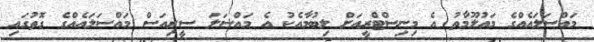
މައްސަލައެއްގެ މައުލޫމާތު އެ މިނިސްޓްރީއަށް ލިބުމާއެކު އެ މައްސަލަ ސީރިއަސް މައްސަލައެއްގެ ގޮތުގައި